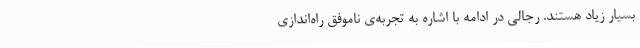
بسیار زیاد هستند. رجالی در ادامه با اشاره به تجربه‌ی ناموفق راه‌اندازی